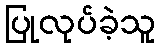
ပြုလုပ်ခဲ့သူ